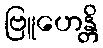
ဗြူဟေန္တိ